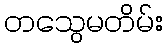
တသွေမတိမ်း